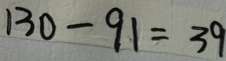
1 3 0 - 9 1 = 3 9